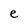
Character: e